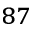
^ { 8 7 }